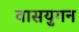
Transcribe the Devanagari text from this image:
वासयुगन